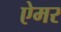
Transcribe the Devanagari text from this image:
ऐमर